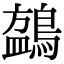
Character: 𬷧